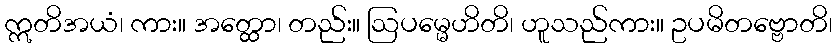
ဣတိအယံ၊ ကား။ အတ္ထော၊ တည်း။ ဩပမ္မေဟိတိ၊ ဟူသည်ကား။ ဥပမိတဗ္ဗောတိ၊